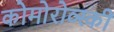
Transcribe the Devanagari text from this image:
कोमोरोव्स्की